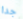
جدا